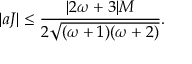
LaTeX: | a J | \leq \frac { | 2 \omega + 3 | M } { 2 \sqrt { ( \omega + 1 ) ( \omega + 2 ) } } .